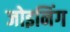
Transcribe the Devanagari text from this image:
जोइनिंग